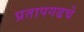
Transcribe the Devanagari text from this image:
प्रतापगढचे